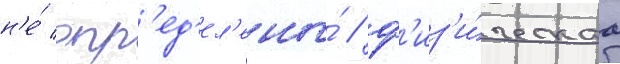
н'е́ опр'ед'ел'ены́ / ф'из'и́ческаа